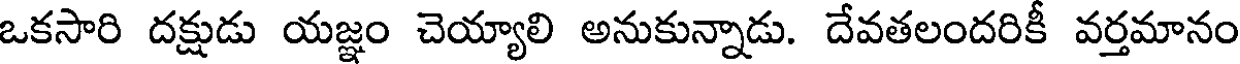
ఒకసారి దక్షుడు యజ్ఞం చెయ్యాలి అనుకున్నాడు. దేవతలందరికీ వర్తమానం